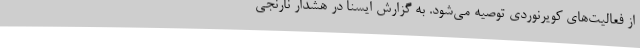
از فعالیت‌های کویرنوردی توصیه می‌شود. به گزارش ایسنا در هشدار نارنجی